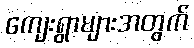
ကျေးရွာများအတွက်